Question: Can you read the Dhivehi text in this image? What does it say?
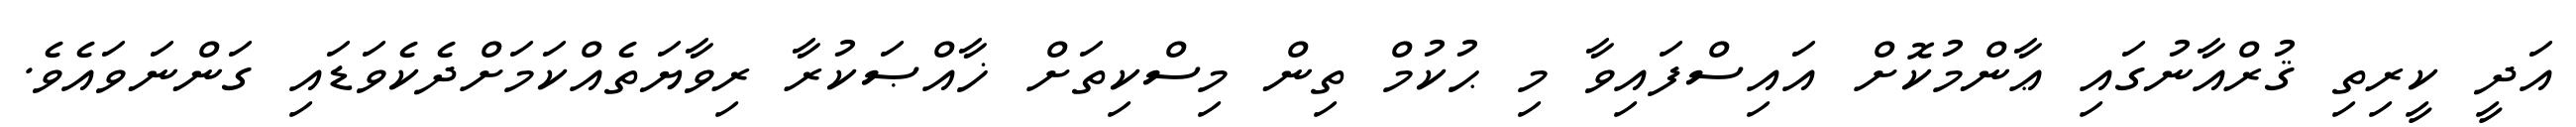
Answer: އަދީ ކީރިތި ޤުރްއާނުގައި ޢާންމުކޮށް އައިސްފައިވާ މި ޙުކުމް ތިން މިސްކިތަށް ޚާއްޞަކުރާ ރިވާޔަތެއްކަމަށްދެކެވަޑައި ގަންނަވައެވެ.